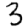
Digit: 3